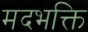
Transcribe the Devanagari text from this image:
मदभक्ति